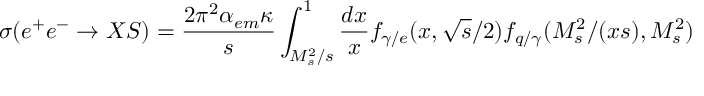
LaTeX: \sigma ( e ^ { + } e ^ { - } \rightarrow X S ) = \frac { 2 \pi ^ { 2 } \alpha _ { e m } \kappa } { s } \int _ { M _ { s } ^ { 2 } / s } ^ { 1 } \frac { d x } { x } f _ { \gamma / e } ( x , \sqrt { s } / 2 ) f _ { q / \gamma } ( M _ { s } ^ { 2 } / ( x s ) , M _ { s } ^ { 2 } )